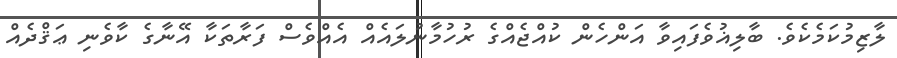
ލާޒިމުކަމެކެވެ. ބާލިޣުވެފައިވާ އަންހެން ކުއްޖެއްގެ ރުހުމާނުލައެއް އެއްވެސް ފަރާތަކާ އޭނާގެ ކާވެނި ޢަޤްދެއް